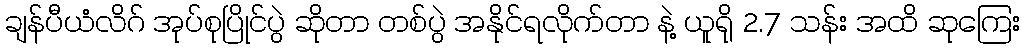
ချန်ပီယံလိဂ် အုပ်စုပြိုင်ပွဲ ဆိုတာ တစ်ပွဲ အနိုင်ရလိုက်တာ နဲ့ ယူရို 2.7 သန်း အထိ ဆုကြေး